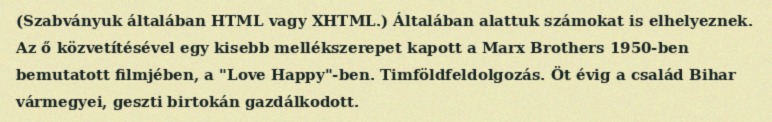
(Szabványuk általában HTML vagy XHTML.) Általában alattuk számokat is elhelyeznek. Az ő közvetítésével egy kisebb mellékszerepet kapott a Marx Brothers 1950-ben bemutatott filmjében, a "Love Happy"-ben. Timföldfeldolgozás. Öt évig a család Bihar vármegyei, geszti birtokán gazdálkodott.